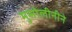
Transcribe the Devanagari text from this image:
मुसोलीनीने